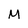
Character: M